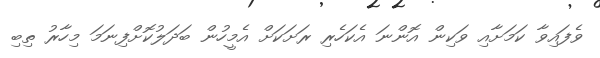
ވެފައިވާ ކަމަށާއި ވަކިން އޮންނަ އެކަހެރި ރަށަކަށް އެމީހުން ބަދަލުކޮށްފިނަމަ މިހާރު ތިބި